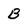
Character: B